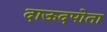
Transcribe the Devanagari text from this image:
दाऊदपोता